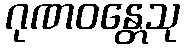
ဂုဏဝန္တေသု